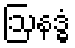
ဩနဒ္ဓံ